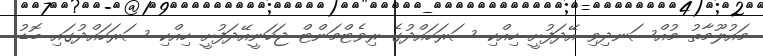
މައުލޫމާތު މުއްސަނދިވި އޭދަފުށީ ހިއްކި ސަރަހައްދުގެ ރިވެޓްމަންޓް ޖަހަނީއޭދަފުށީ ހިއްކި ސަރަހައްދުގައި ބޮޑު